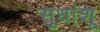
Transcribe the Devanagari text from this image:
सुधांशू